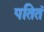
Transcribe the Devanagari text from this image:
पतितं